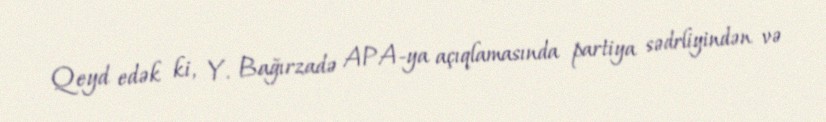
Qeyd edək ki, Y. Bağırzadə APA-ya açıqlamasında partiya sədrliyindən və